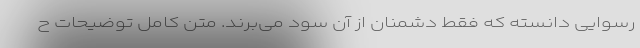
رسوایی دانسته که فقط دشمنان از آن سود می‌برند. متن کامل توضیحات ح